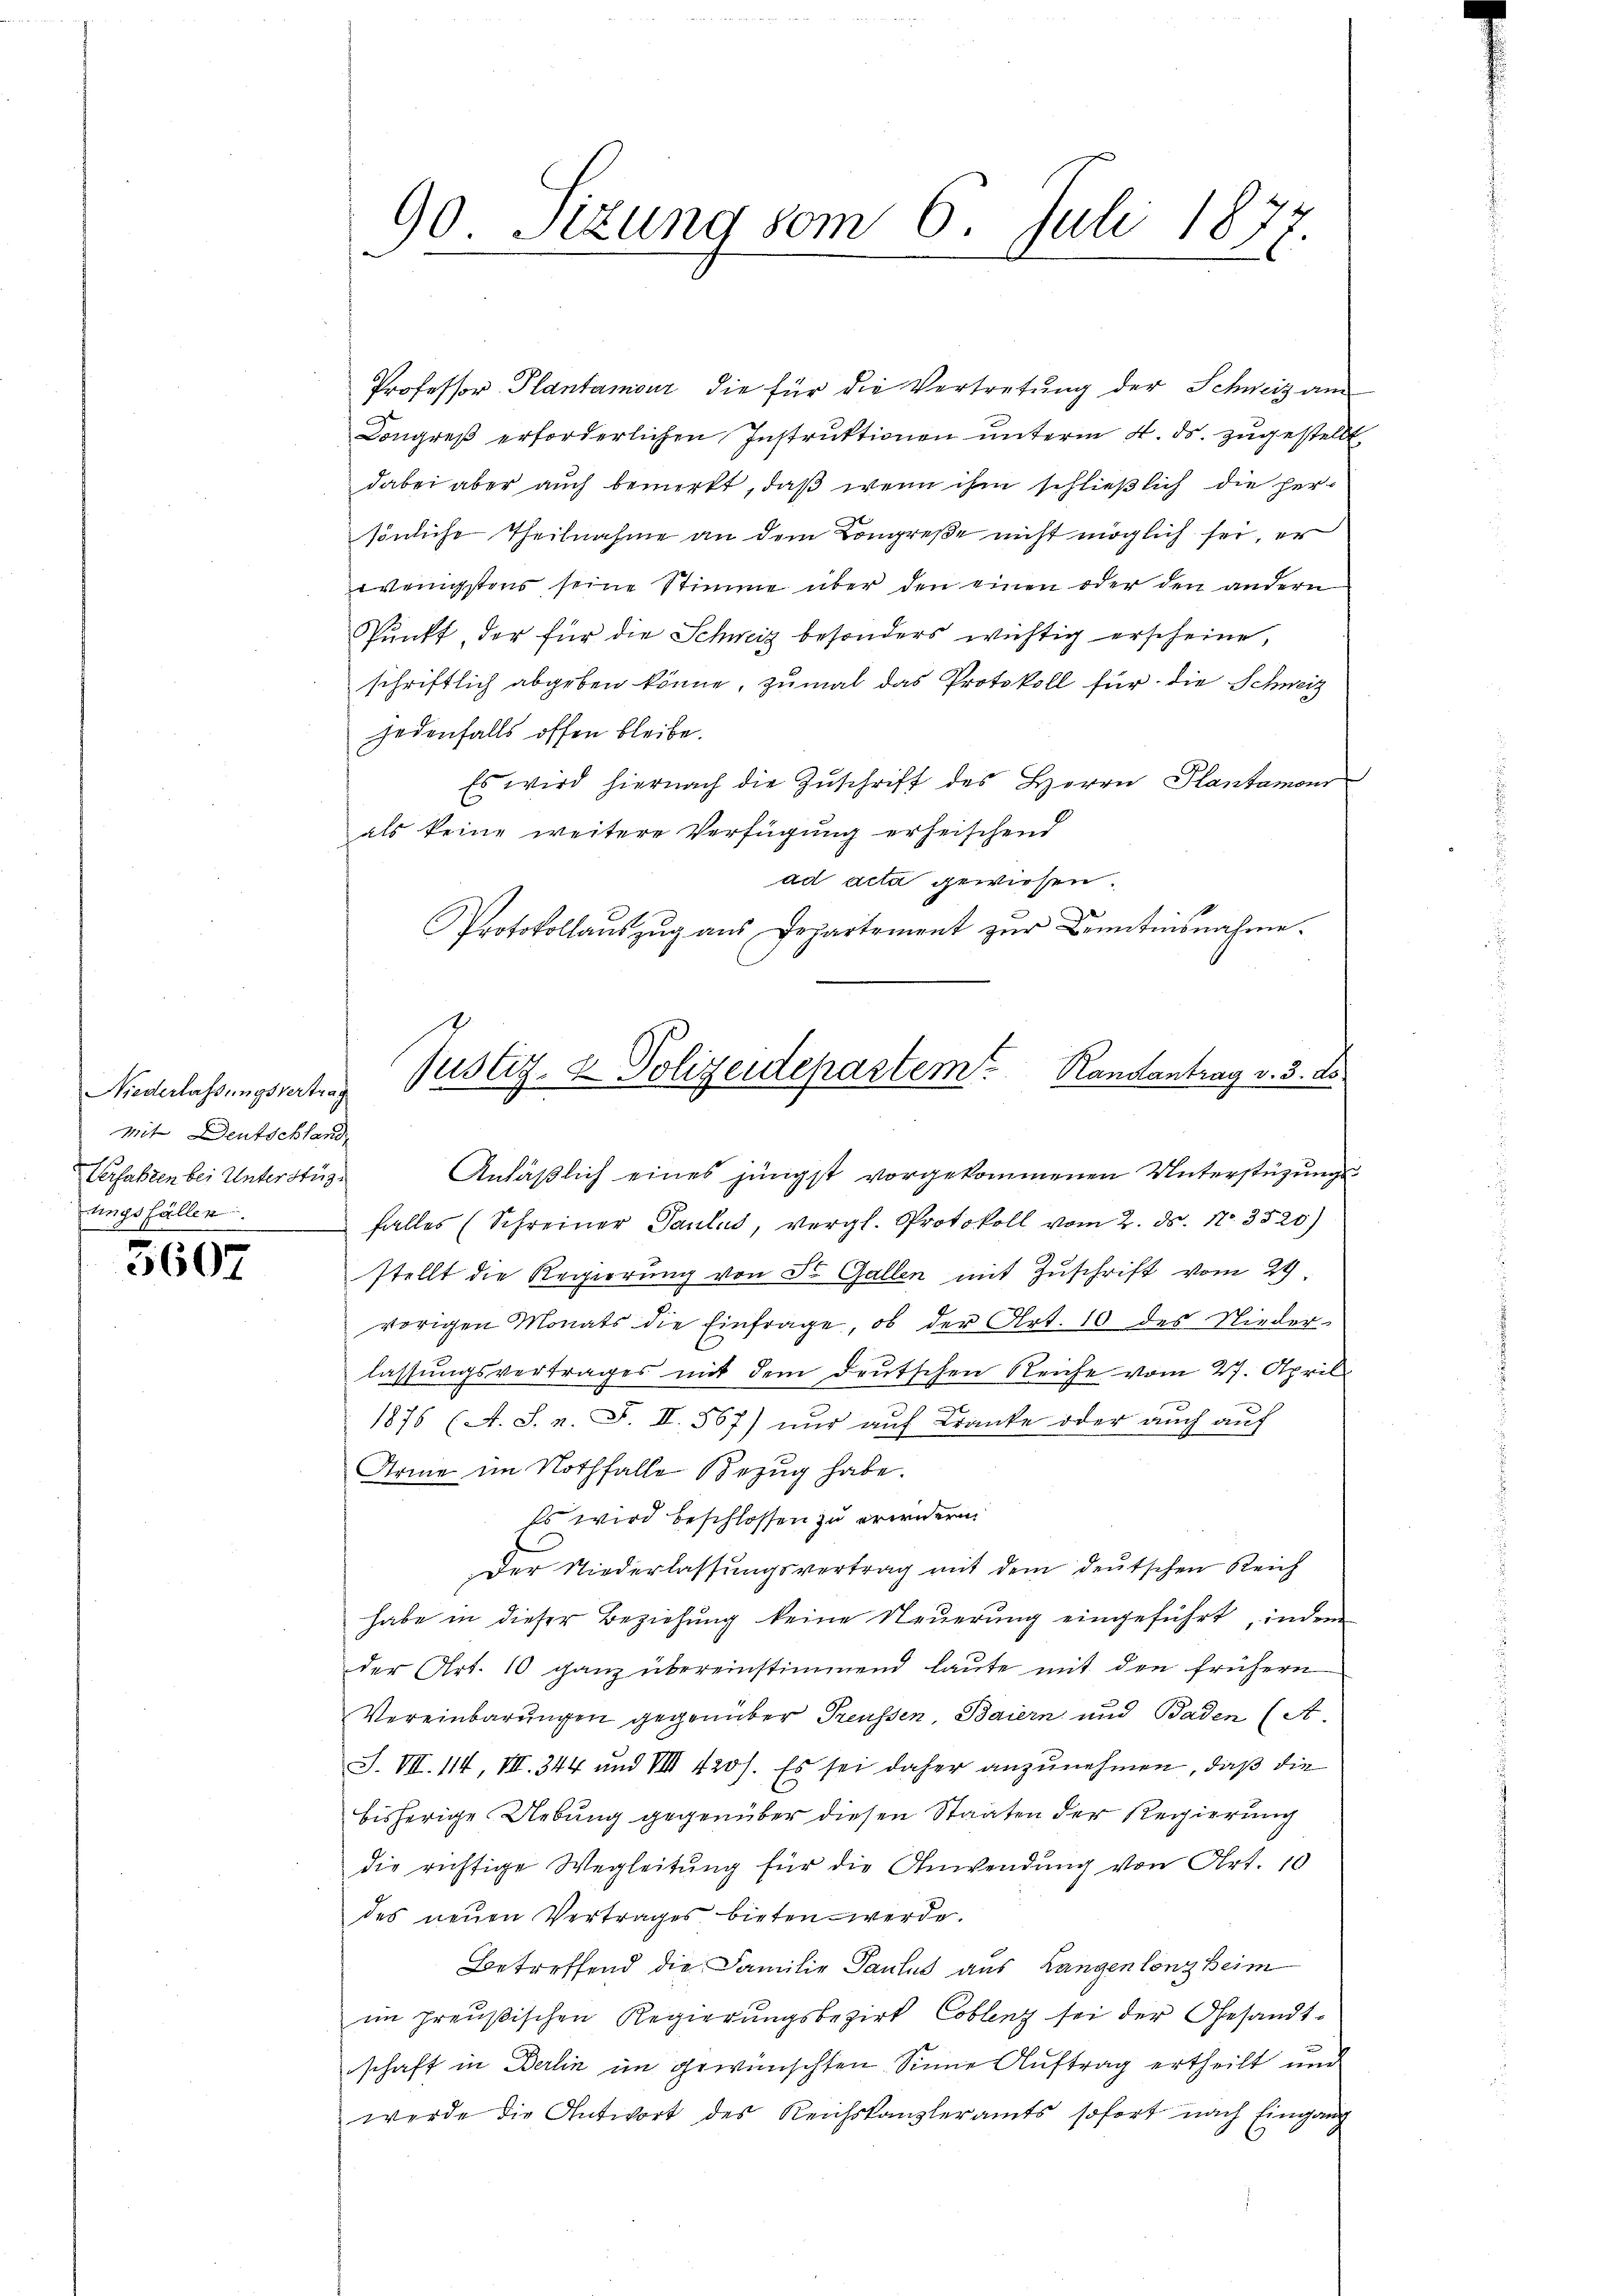
Niederlassungsvertrag
mit Deutschland
Verfaßten bei Unterstüz¬

5607

Professor Plantamour die für die Vertretung der Schweiz am
Congreß erforderlichen Instruktionen unterm 4. ds. zugestellt,
dabei aber auch bemerkt, daß wenn ihm schließlich die hersönliche Theilnahme an dem Kongreße nicht möglich sei, er
wenigstens seine Stimme über den einen oder den andern
Punkt, der für die Schweiz besonders wichtig erscheine,
schriftlich abgeben könne, zumal das Protokoll für die Schweiz
jedenfalls offen bleibe.
Es wird hiernach die Zŭschrift des Herrn Plantamons
als keine weitere Verfügung erheischend
ad acta gewiesen.
Protokollaŭszŭg aŭs Departement zŭr Bentensnahme.
Anläβlich eines jüngst vorgekommenen Unterstützŭngs-
ungsfäller. Falles (Schreiner Paulus, vergl. Protokoll vom 2. ds. 17. 3520)
stellt die Regierung von St. Gallen mit Zuschrift vom 24.
vorigen Monats die Einfrage, ob der Art. 10 des Nieder-
lassŭngsvertrages mit dem deŭtschen Reiche vom 27. April
1876 (A. S. n. F. II. 567) nur auf Kranke oder auch auf
Arme im Nothfalle Bezug habe.
Es wird beschlossen zu erwidern.
Der Niederlassŭngsvertrag mit dem deŭtschen Reich
habe in dieser Beziehung keine Neuerung eingeführt, indem
der Art. 10 ganz übereinstimmend laute mit den frühern
Vereinbarungen gegenüber Treussen, Baiern und Baden (S.
S. VII. 114, III. 344 und III 420). Es sei daher anzunehmen, daß die
bisherige Uebung gegenüber diesen Staaten der Regierung
die richtige Wegleitŭng für die Anwendung von Art. 10
des neuen Vertrages bieten werde.
Betreffend die Familie Paulus aus Langen long Heim
im preußischen Regierungsbezirk Coblenz sei der Gesandt-
schaft in Berlin im gewünschten Sinne Auftrag ertheilt und
werde die Antwort des Reichskanzleramts sofort nach Eingang
.

90. Sizung vom 6. Juli 1877.
2

Justiz- & Polizeidepartem Randantrag v. 3. ds.